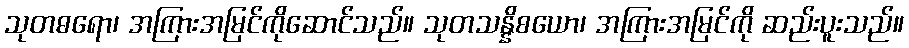
သုတဓရော၊ အကြားအမြင်ကိုဆောင်သည်။ သုတသန္နိစယော၊ အကြားအမြင်ကို ဆည်းပူးသည်။